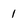
Character: 1